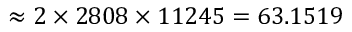
\approx 2 \times 2 8 0 8 \times 1 1 2 4 5 = 6 3 . 1 5 1 9